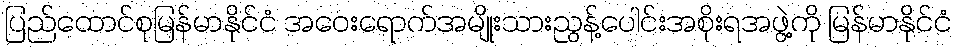
ပြည်ထောင်စုမြန်မာနိုင်ငံ အဝေးရောက်အမျိုးသားညွန့်ပေါင်းအစိုးရအဖွဲ့ကို မြန်မာနိုင်ငံ